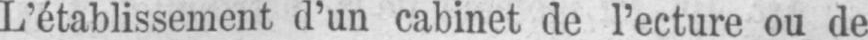
L’établissement d’un cabinet de l’ecture ou de